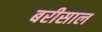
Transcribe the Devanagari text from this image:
बरीसाल